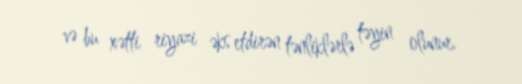
və bu xətti riyazi əks etdirən tənliklərlə təyin olunur.